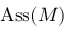
\operatorname { A s s } ( M )